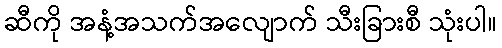
ဆီကို အနံ့အသက်အလျောက် သီးခြားစီ သုံးပါ။